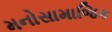
મનોસામાજિક